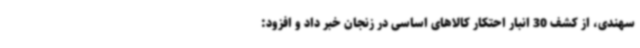
سهندی، از کشف 30 انبار احتکار کالاهای اساسی در زنجان خبر داد و افزود: